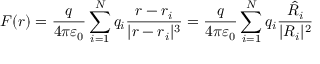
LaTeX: { \boldsymbol { F } } ( { \boldsymbol { r } } ) = { \frac { q } { 4 \pi \varepsilon _ { 0 } } } \sum _ { i = 1 } ^ { N } q _ { i } { \frac { { \boldsymbol { r } } - { \boldsymbol { r } } _ { i } } { | { \boldsymbol { r } } - { \boldsymbol { r } } _ { i } | ^ { 3 } } } = { \frac { q } { 4 \pi \varepsilon _ { 0 } } } \sum _ { i = 1 } ^ { N } q _ { i } { \frac { \hat { { \boldsymbol { R } } _ { i } } } { | { \boldsymbol { R } } _ { i } | ^ { 2 } } }